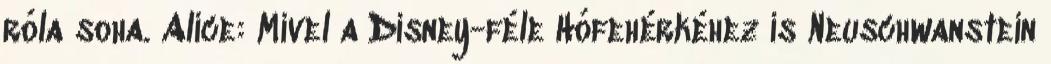
róla soha. Alice: Mivel a Disney-féle Hófehérkéhez is Neuschwanstein